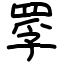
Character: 罦